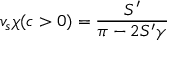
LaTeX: v _ { s } \chi ( c > 0 ) = \frac { S ^ { \prime } } { \pi - 2 S ^ { \prime } \gamma }